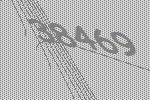
38469